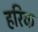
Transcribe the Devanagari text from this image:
हरिक